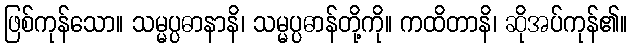
ဖြစ်ကုန်သော။ သမ္မပ္ပဓာနာနိ၊ သမ္မပ္ပဓာန်တို့ကို။ ကထိတာနိ၊ ဆိုအပ်ကုန်၏။